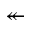
\twoheadleftarrow